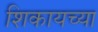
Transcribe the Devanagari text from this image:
शिकायच्या